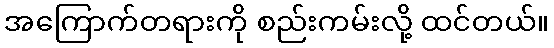
အကြောက်တရားကို စည်းကမ်းလို့ ထင်တယ်။